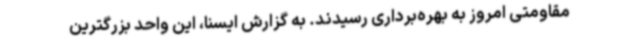
مقاومتی امروز به بهره‌برداری رسیدند. به گزارش ایسنا، این واحد بزرگترین